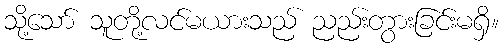
သို့သော် သူတို့လင်မယားသည် ညည်းတွားခြင်းမရှိ။